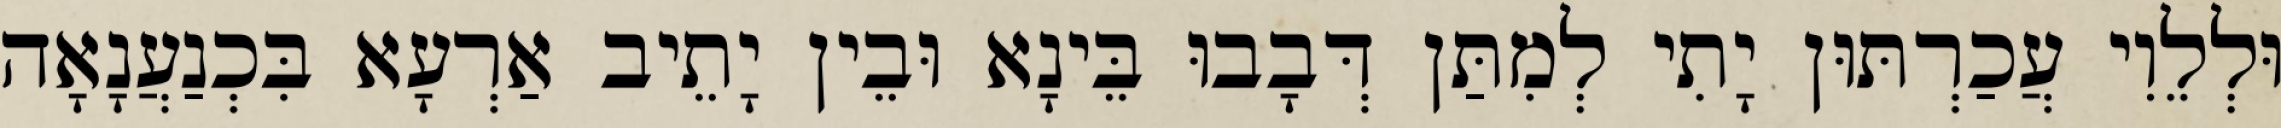
וּלְלֵוִי עֲכַרְתּוּן יָתִי לְמִתַּן דְּבָבוּ בֵּינָא וּבֵין יָתֵיב אַרְעָא בִּכְנַעֲנָאָה